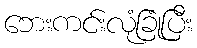
ဘေးကင်းလုံခြုံပြီး